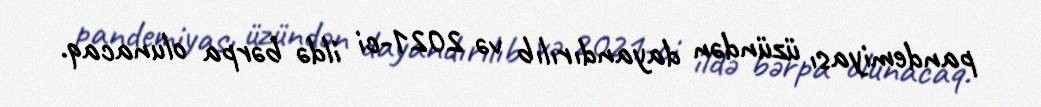
pandemiyası üzündən dayandırılıb və 2021-ci ildə bərpa olunacaq.